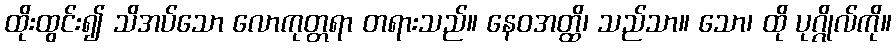
ထိုးထွင်း၍ သိအပ်သော လောကုတ္တရာ တရားသည်။ နေဝအတ္ထိ၊ သည်သာ။ သော၊ ထို ပုဂ္ဂိုလ်ကို။